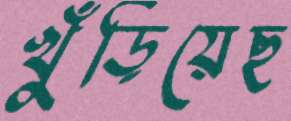
খুঁড়িয়েছ